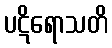
ပဋိရောသတိ